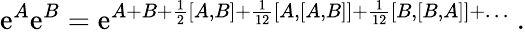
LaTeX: \mathrm{e}^{A}\mathrm{e}^{B}=\mathrm{e}^{A+B+{\frac{{1}}{{2}}}[A,B]+{\frac{{1}}{{12}}}[A,[A,B]]+{\frac{{1}}{{12}}}[B,[B,A]]+\ldots}\ .